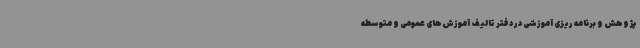
پژوهش و برنامه ریزی آموزشی در دفتر تالیف آموزش‌های عمومی و متوسطه